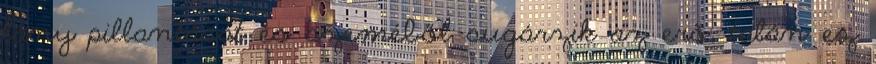
lány pillantását és szeméből sugárzik az erő, talán ez